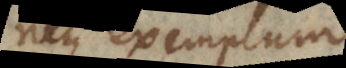
neque exemplum